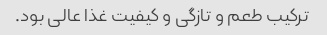
ترکیب طعم و تازگی و کیفیت غذا عالی بود.